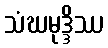
သံဃမုဒ္ဒိဿ